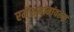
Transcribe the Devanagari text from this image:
रमेशमामांवरून